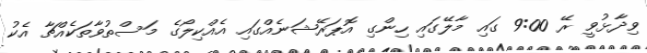
ވިދާޅުވީ ރޭ 9:00 ގައި މާލޭގައި ހިންގި އޮޕަރޭޝަނެއްގައި އެއްކިލޯގެ މަސްތުވާތަކެއްޗާ އެކު